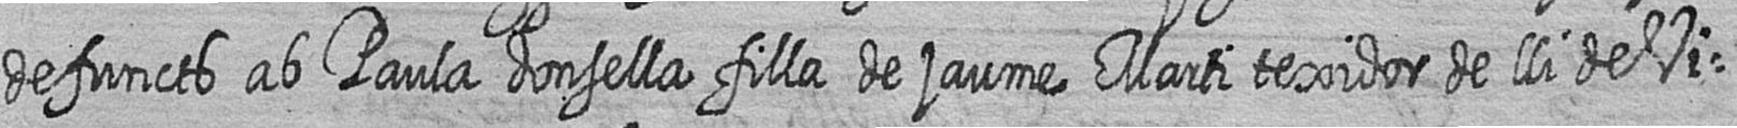
defuncts ab Paula donsella filla de jaume Marti texidor de lli de Vi=